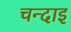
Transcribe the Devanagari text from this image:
चन्दाइ